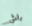
راش